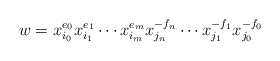
\begin{align*}w=x_{i_0}^{e_0}x_{i_1}^{e_1} \cdots x_{i_m}^{e_m}x_{j_n}^{-f_n} \cdots x_{j_1}^{-f_1}x_{j_0}^{-f_0}\end{align*}